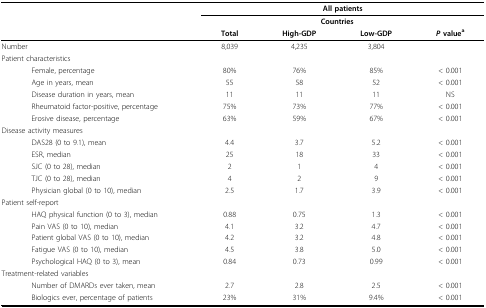
<table><thead><tr><td></td><td colspan="4"><b>All patients</b></td></tr><tr><td></td><td></td><td colspan="2"><b>Countries</b></td><td></td></tr><tr><td></td><td><b>Total</b></td><td><b>High-GDP</b></td><td><b>Low-GDP</b></td><td><b><i>P </i>value<sup>a</sup></b></td></tr></thead><tbody><tr><td>Number</td><td>8,039</td><td>4,235</td><td>3,804</td><td></td></tr><tr><td>Patient characteristics</td><td></td><td></td><td></td><td></td></tr><tr><td>Female, percentage</td><td>80%</td><td>76%</td><td>85%</td><td>&lt; 0.001</td></tr><tr><td>Age in years, mean</td><td>55</td><td>58</td><td>52</td><td>&lt; 0.001</td></tr><tr><td>Disease duration in years, mean</td><td>11</td><td>11</td><td>11</td><td>NS</td></tr><tr><td>Rheumatoid factor-positive, percentage</td><td>75%</td><td>73%</td><td>77%</td><td>&lt; 0.001</td></tr><tr><td>Erosive disease, percentage</td><td>63%</td><td>59%</td><td>67%</td><td>&lt; 0.001</td></tr><tr><td>Disease activity measures</td><td></td><td></td><td></td><td></td></tr><tr><td>DAS28 (0 to 9.1), mean</td><td>4.4</td><td>3.7</td><td>5.2</td><td>&lt; 0.001</td></tr><tr><td>ESR, median</td><td>25</td><td>18</td><td>33</td><td>&lt; 0.001</td></tr><tr><td>SJC (0 to 28), median</td><td>2</td><td>1</td><td>4</td><td>&lt; 0.001</td></tr><tr><td>TJC (0 to 28), median</td><td>4</td><td>2</td><td>9</td><td>&lt; 0.001</td></tr><tr><td>Physician global (0 to 10), median</td><td>2.5</td><td>1.7</td><td>3.9</td><td>&lt; 0.001</td></tr><tr><td>Patient self-report</td><td></td><td></td><td></td><td></td></tr><tr><td>HAQ physical function (0 to 3), median</td><td>0.88</td><td>0.75</td><td>1.3</td><td>&lt; 0.001</td></tr><tr><td>Pain VAS (0 to 10), median</td><td>4.1</td><td>3.2</td><td>4.7</td><td>&lt; 0.001</td></tr><tr><td>Patient global VAS (0 to 10), median</td><td>4.2</td><td>3.2</td><td>4.8</td><td>&lt; 0.001</td></tr><tr><td>Fatigue VAS (0 to 10), median</td><td>4.5</td><td>3.8</td><td>5.0</td><td>&lt; 0.001</td></tr><tr><td>Psychological HAQ (0 to 3), mean</td><td>0.84</td><td>0.73</td><td>0.99</td><td>&lt; 0.001</td></tr><tr><td>Treatment-related variables</td><td></td><td></td><td></td><td></td></tr><tr><td>Number of DMARDs ever taken, mean</td><td>2.7</td><td>2.8</td><td>2.5</td><td>&lt; 0.001</td></tr><tr><td>Biologics ever, percentage of patients</td><td>23%</td><td>31%</td><td>9.4%</td><td>&lt; 0.001</td></tr></tbody></table>